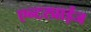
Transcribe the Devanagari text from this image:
एन्टरप्राईज